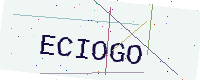
Text: ECIOGO